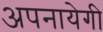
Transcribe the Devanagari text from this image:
अपनायेगी